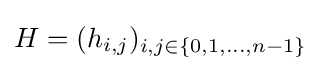
H=(h_{i,j})_{i,j\in \{0,1,...,n-1\}}